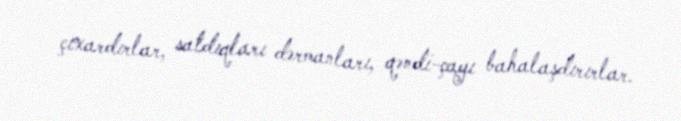
çıxardırlar, satdıqları dərmanları, qəndi-çayı bahalaşdırırlar.